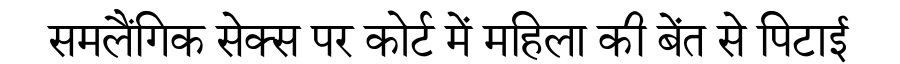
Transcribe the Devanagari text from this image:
समलैंगिक सेक्स पर कोर्ट में महिला की बेंत से पिटाई